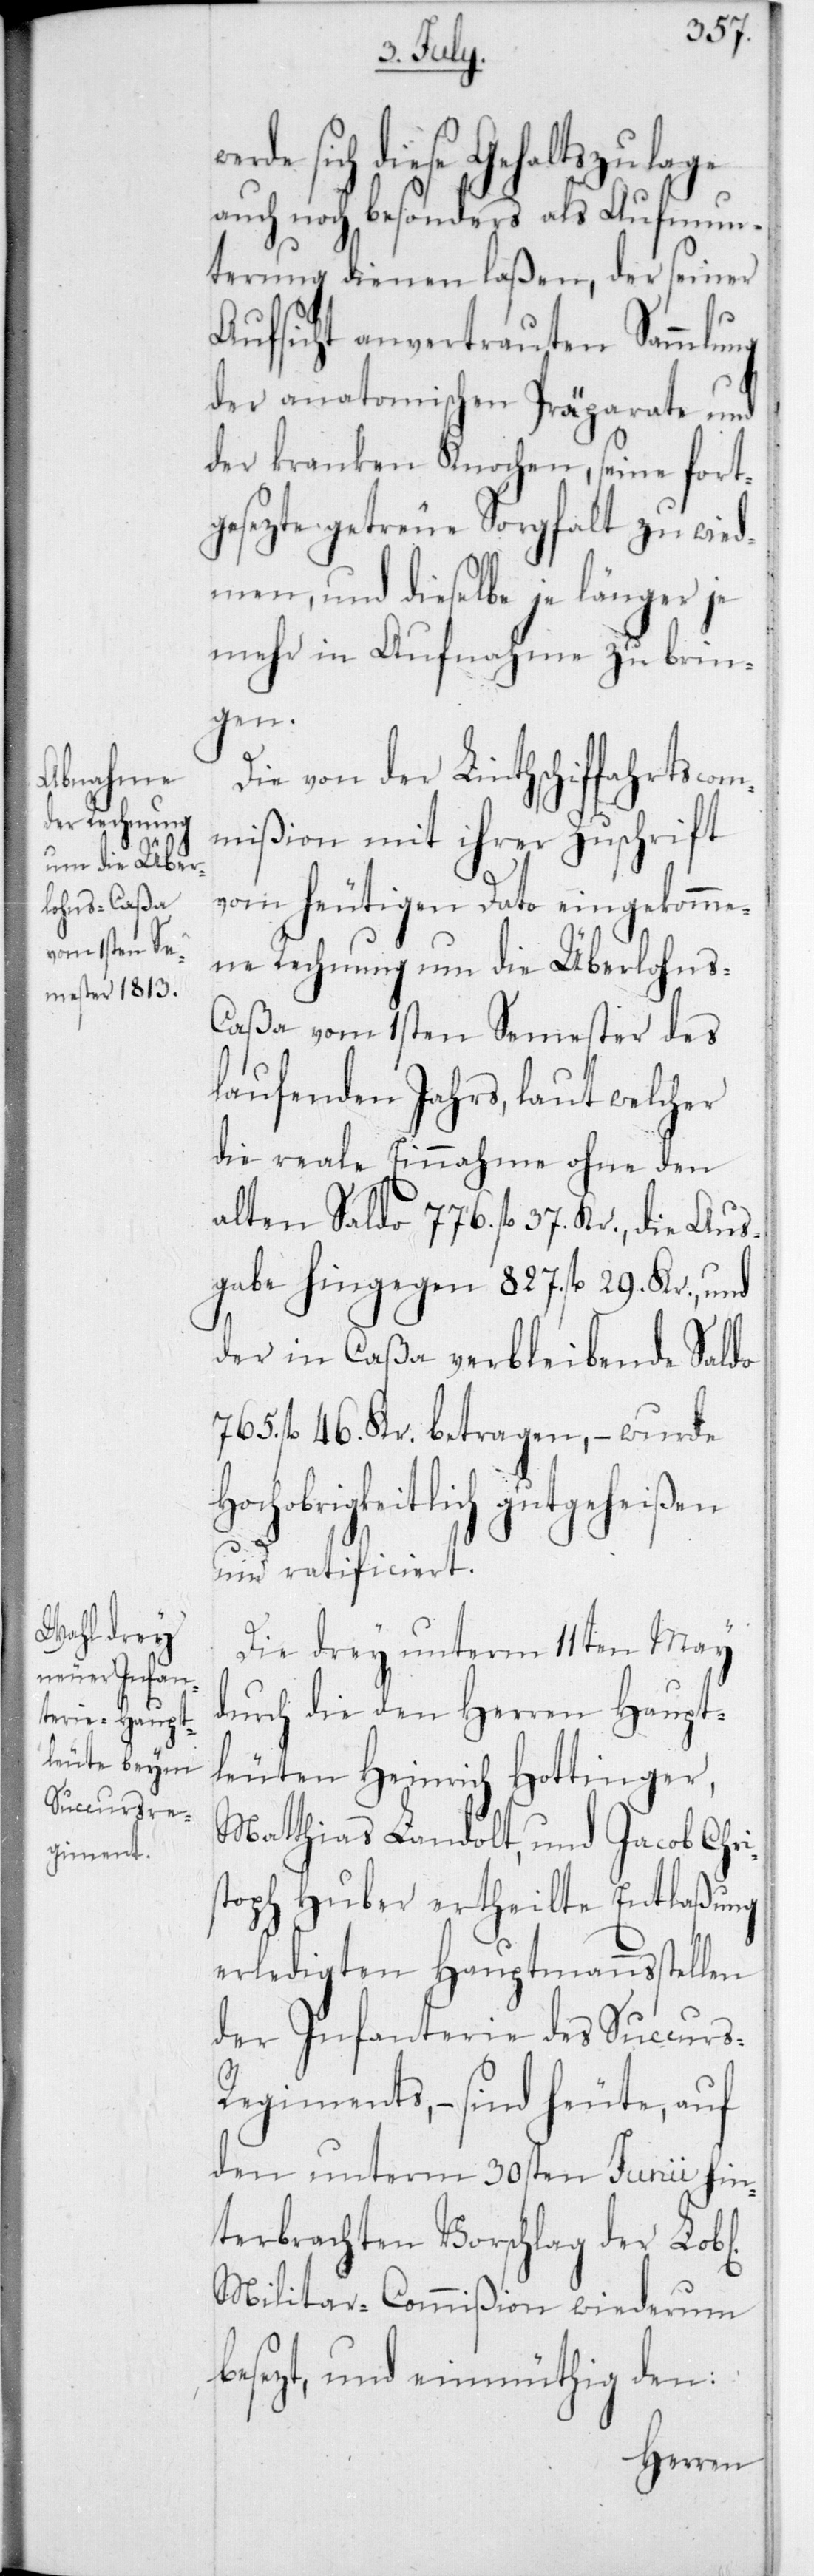
dieser Gehaltszulage
auch noch besonders als Aufmun¬
terung dienen laßen, der seiner
Aufsicht anvertrauten Sammlung
der anatomischen Präparate und
der kranken Knochen, seine fort¬
gesezte getreue Sorgfalt zu wid¬
men, und dieselbe je länger je
mehr in Aufnahme zu brin¬
gen.
Die von der Linthschiffahrtscom¬
mißion mit ihrer Zuschrift
vom heutigen Dato eingekomme¬
ne Rechnung um die Überlohn¬
s-Caßa vom 1sten Semester des
laufenden Jahrs, laut welcher
die reale Einnahme ohne den
alten Saldo 776 fl. 37 Kr., die Aus¬
gabe hingegen 827 fl. 29 Kr., und
der in Caßa verbleibende Saldo
765 fl. 46 Kr. betragen, – wurde h¬
ochobrigkeitlich gutgeheißen
und ratificiert.
Die drey unterm 11ten May
durch die den Herren Haupt¬
leuten Heinrich Hottinger,
Matthias Landolt, und Jacob Chri¬
stoph Huber ertheilte Entlaßung
erledigten Hauptmannsstellen
der Infanterie des Succurs-R¬
egiments, – sind heute, auf
den unterm 30sten Junii hin¬
terbrachten Vorschlag der Lobl.
Militar-Commißion wiederum
besezt, und einmüthig den: